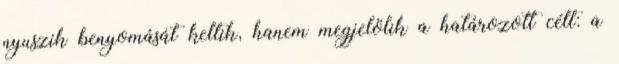
nyuszik benyomását keltik, hanem megjelölik a határozott célt: a